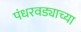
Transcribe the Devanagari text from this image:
पंधरवड्याच्या